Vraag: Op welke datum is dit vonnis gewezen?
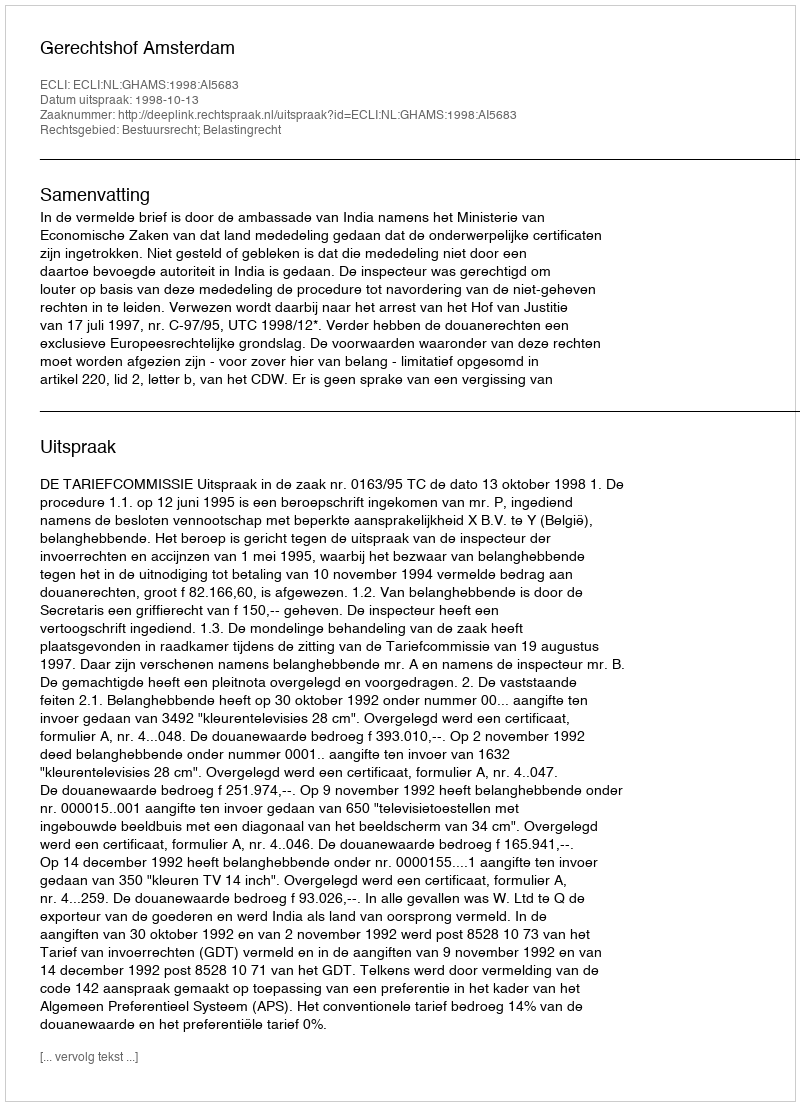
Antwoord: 1998-10-13